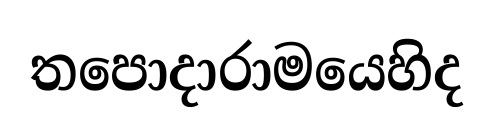
තපොදාරාමයෙහිද